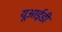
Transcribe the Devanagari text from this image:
यूआईडी